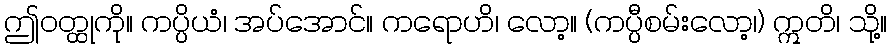
ဤဝတ္ထုကို။ ကပ္ပိယံ၊ အပ်အောင်။ ကရောဟိ၊ လော့။ (ကပ္ပီစမ်းလော့၊) ဣတိ၊ သို့။